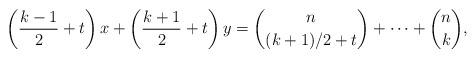
LaTeX: \begin{align*}\left(\frac{k-1}{2}+t\right)x+\left(\frac{k+1}{2}+t\right)y=\binom{n}{(k+1)/2+t}+\cdots + \binom{n}{k},\end{align*}